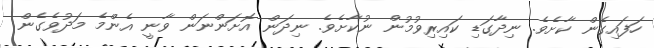
ހަފައިގެން ކާށެވެ. ނިދާގަޑި ކައިރިވުމުން ނުކާށެވެ. ނިދަން އޮށަންނަން ވާނީ އެންމެ މަދުވެގެން